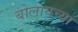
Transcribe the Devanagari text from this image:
बोलायच्या